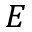
E